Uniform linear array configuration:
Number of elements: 4
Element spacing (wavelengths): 0.5
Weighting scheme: binomial
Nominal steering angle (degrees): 15
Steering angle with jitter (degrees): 14.326
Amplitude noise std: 0.05
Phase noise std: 0.05

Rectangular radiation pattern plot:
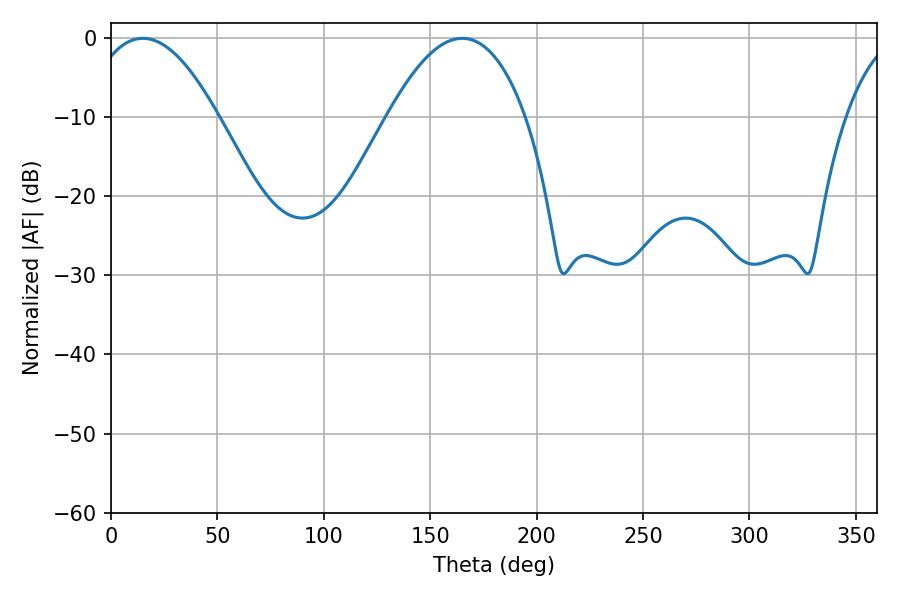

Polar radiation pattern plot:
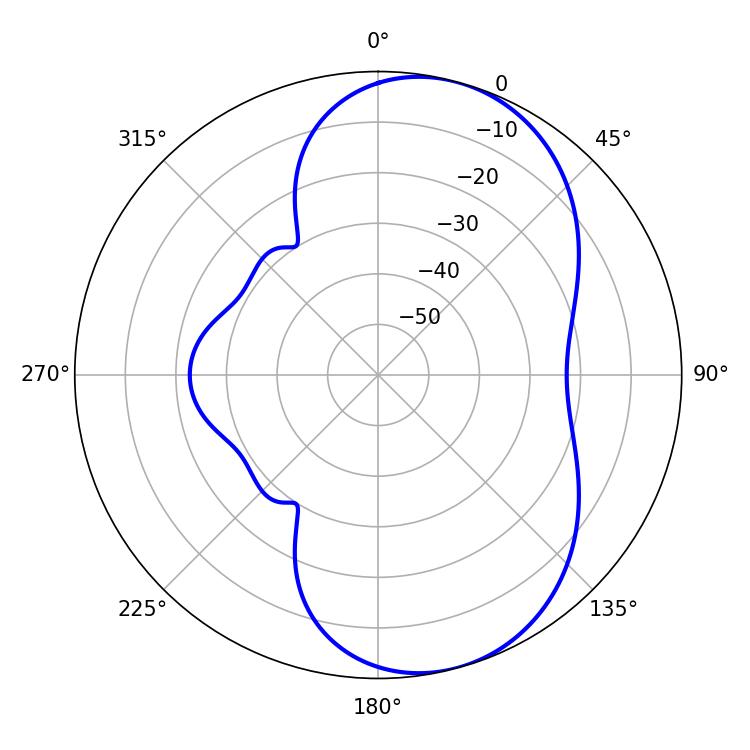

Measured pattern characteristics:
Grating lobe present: FALSE
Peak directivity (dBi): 7.218
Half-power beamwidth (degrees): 33.66
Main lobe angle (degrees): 14.94